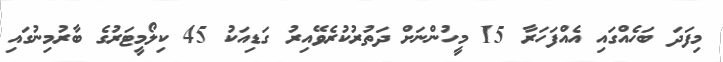
މިފަދަ ބަހެއްގައި އެއްފަހަރާ 15 މީހުންނަށް ދަތުރުކުރެވޭއިރު ގަޑިއަކު 45 ކިލޯމީޓަރުގެ ބާރުމިނުގައި